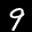
Label: 9